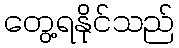
တွေ့ရနိုင်သည်